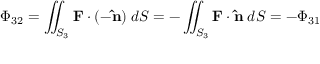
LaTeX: \Phi _ { \mathrm { 3 2 } } = \iint _ { S _ { 3 } } \mathbf { F } \cdot ( - \mathbf { \hat { n } } ) \; d S = - \iint _ { S _ { 3 } } \mathbf { F } \cdot \mathbf { \hat { n } } \; d S = - \Phi _ { \mathrm { 3 1 } }